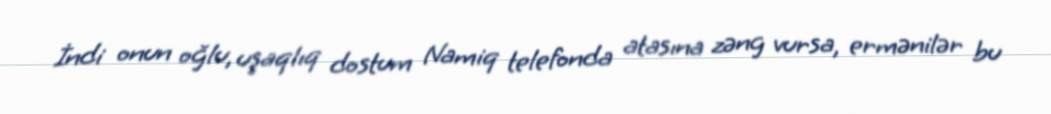
İndi onun oğlu, uşaqlıq dostum Namiq telefonda atasına zəng vursa, ermənilər bu